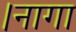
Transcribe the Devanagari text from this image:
।नागा